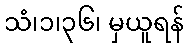
သံ၊၁၊၃၆၊ မှယူရန်